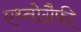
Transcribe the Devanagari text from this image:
एथ्नोग्रैफी